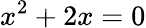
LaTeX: x^{2}+2x=0